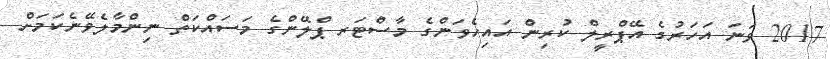
2017 ވަނަ އަހަރުގެ އޭޕްރީލް ކުރިން އައިހެވަންގެ މާސްޓަރ ޕްލޭންގެ މަސައްކަތް ނިންމާލެވޭނެކަމަށް